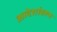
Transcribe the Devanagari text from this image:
आदेशांवरून